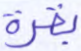
بقرة